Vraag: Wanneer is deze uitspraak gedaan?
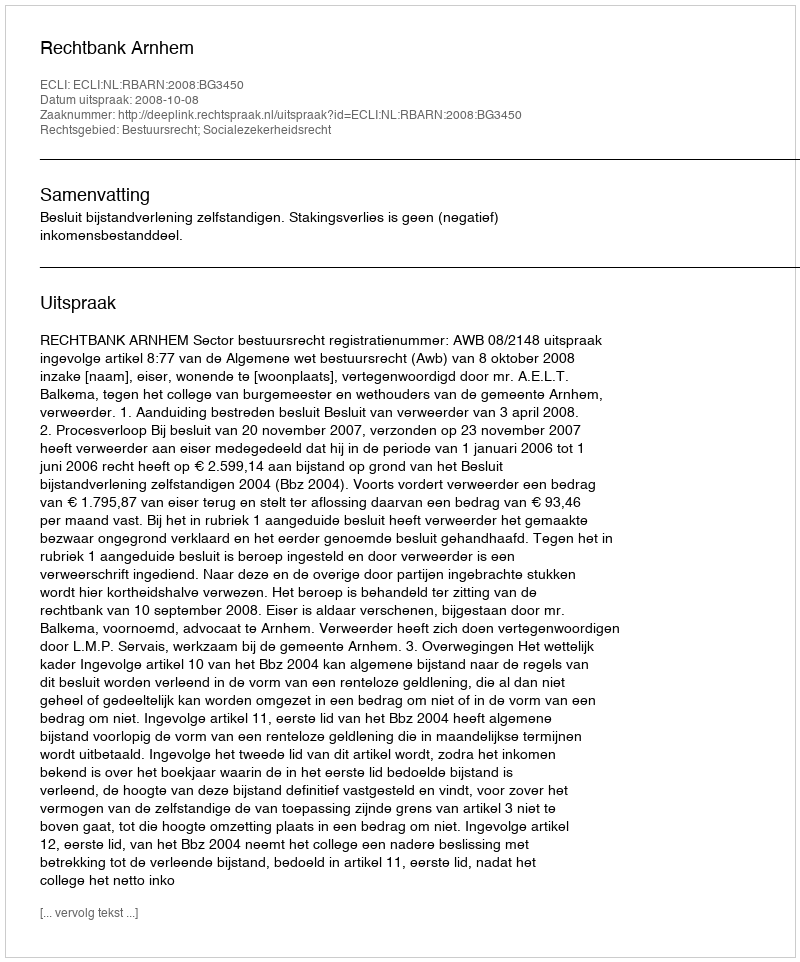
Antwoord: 2008-10-08